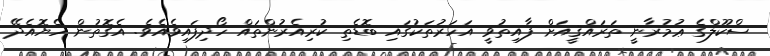
ސްކޫލްގެ ޢުމުރާނީ ތަރައްޤީއަށް ފާއިތުވީ އަހަރުތަކުގައި ބޮޑެތި ކުރިއެރުންތައް ހޯދިފައިވެއެވެ. އެގޮތުން ހެޔޮއެދޭ